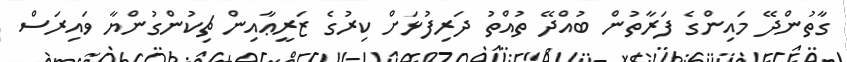
ގާތުންދޭ މައިންގެ ފަރާތުން ބުއްދޭ ތުއްތު ދަރިފުޅަށް ކިރުގެ ޒަރީޢާއިން ޗިކުންގުންޔާ ވައިރަސް